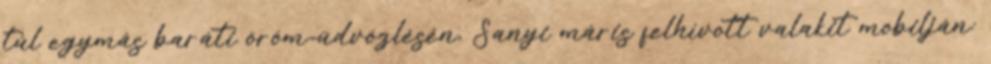
túl egymás baráti öröm-üd­vözlésén, Sanyi máris felhívott valakit mobilján: